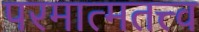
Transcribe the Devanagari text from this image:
परमात्मतत्त्व